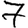
Digit: 7